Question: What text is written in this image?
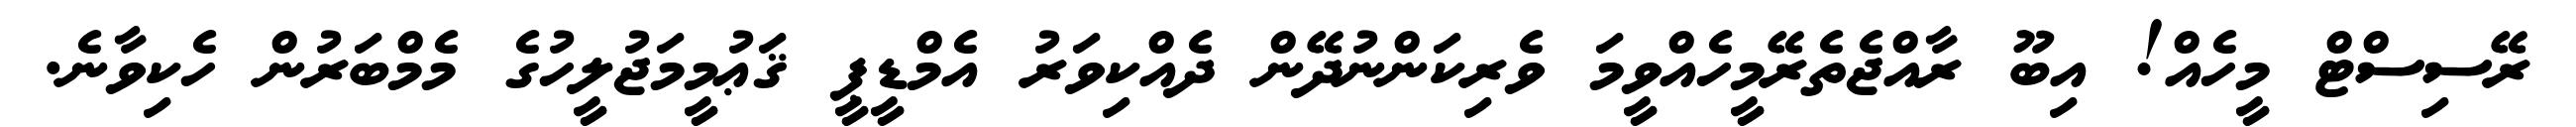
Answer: ރޭސިސްޓް މީހެއް! އިބޫ ރާއްޖެތެރޭމީހެއްވީމަ ވެރިކަންނުދޭން ދެއްކިވަރު އެމްޑީޕީ ޤަޢުމީމަޖުލީހުގެ މެމްބަރުން ހެކިވާނެ.